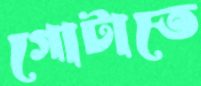
গোটাতে